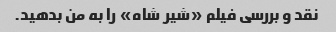
نقد و بررسی فیلم «شیر شاه» را به من بدهید.